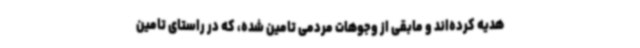
هدیه کرده‌اند و مابقی از وجوهات مردمی تامین شده‌، که در راستای تامین